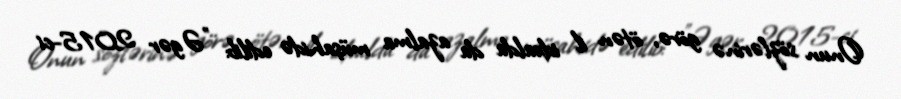
Onun sözlərinə görə, ötən il idxalda da azalma müşahidə edilib: "Əgər 2015-ci